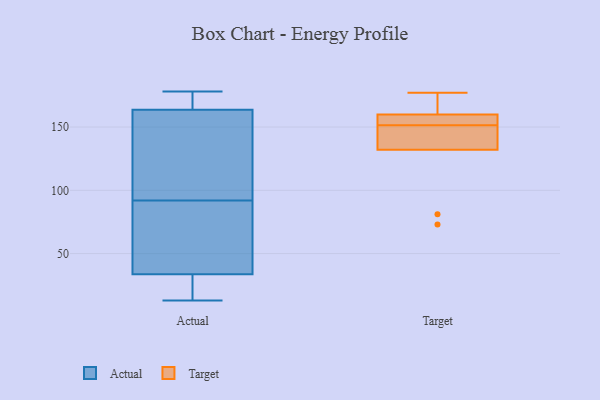
{"axis": {"x": "LTV (USD)", "y": "Value"}, "legend": ["Actual", "Target"], "data": [{"x": "", "y": 169, "type": "Actual"}, {"x": "", "y": 78, "type": "Actual"}, {"x": "", "y": 92, "type": "Actual"}, {"x": "", "y": 175, "type": "Actual"}, {"x": "", "y": 13, "type": "Actual"}, {"x": "", "y": 137, "type": "Actual"}, {"x": "", "y": 27, "type": "Actual"}, {"x": "", "y": 93, "type": "Actual"}, {"x": "", "y": 162, "type": "Actual"}, {"x": "", "y": 178, "type": "Actual"}, {"x": "", "y": 27, "type": "Actual"}, {"x": "", "y": 67, "type": "Actual"}, {"x": "", "y": 36, "type": "Actual"}, {"x": "", "y": 177, "type": "Target"}, {"x": "", "y": 160, "type": "Target"}, {"x": "", "y": 73, "type": "Target"}, {"x": "", "y": 81, "type": "Target"}, {"x": "", "y": 132, "type": "Target"}, {"x": "", "y": 171, "type": "Target"}, {"x": "", "y": 158, "type": "Target"}, {"x": "", "y": 138, "type": "Target"}, {"x": "", "y": 156, "type": "Target"}, {"x": "", "y": 147, "type": "Target"}]}